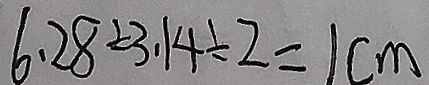
6 . 2 8 \div 3 . 1 4 \div 2 = 1 c m